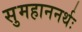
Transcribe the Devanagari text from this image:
सुमहाननर्थः